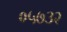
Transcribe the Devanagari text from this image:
०५७३२